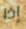
إذا